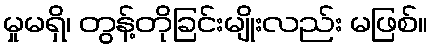
မှုမရှိ၊ တွန့်တိုခြင်းမျိုးလည်း မဖြစ်။